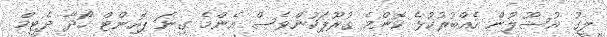
ލީގު އުސޫލުން އެއްބުރުކުޅެ ކޮންމެ ގުރޫޕަކުންވެސް އެންމެ ގިނަ ޕޮއިންޓް ހޯދާ ދެޓީމް